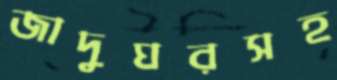
জাদুঘরসহ